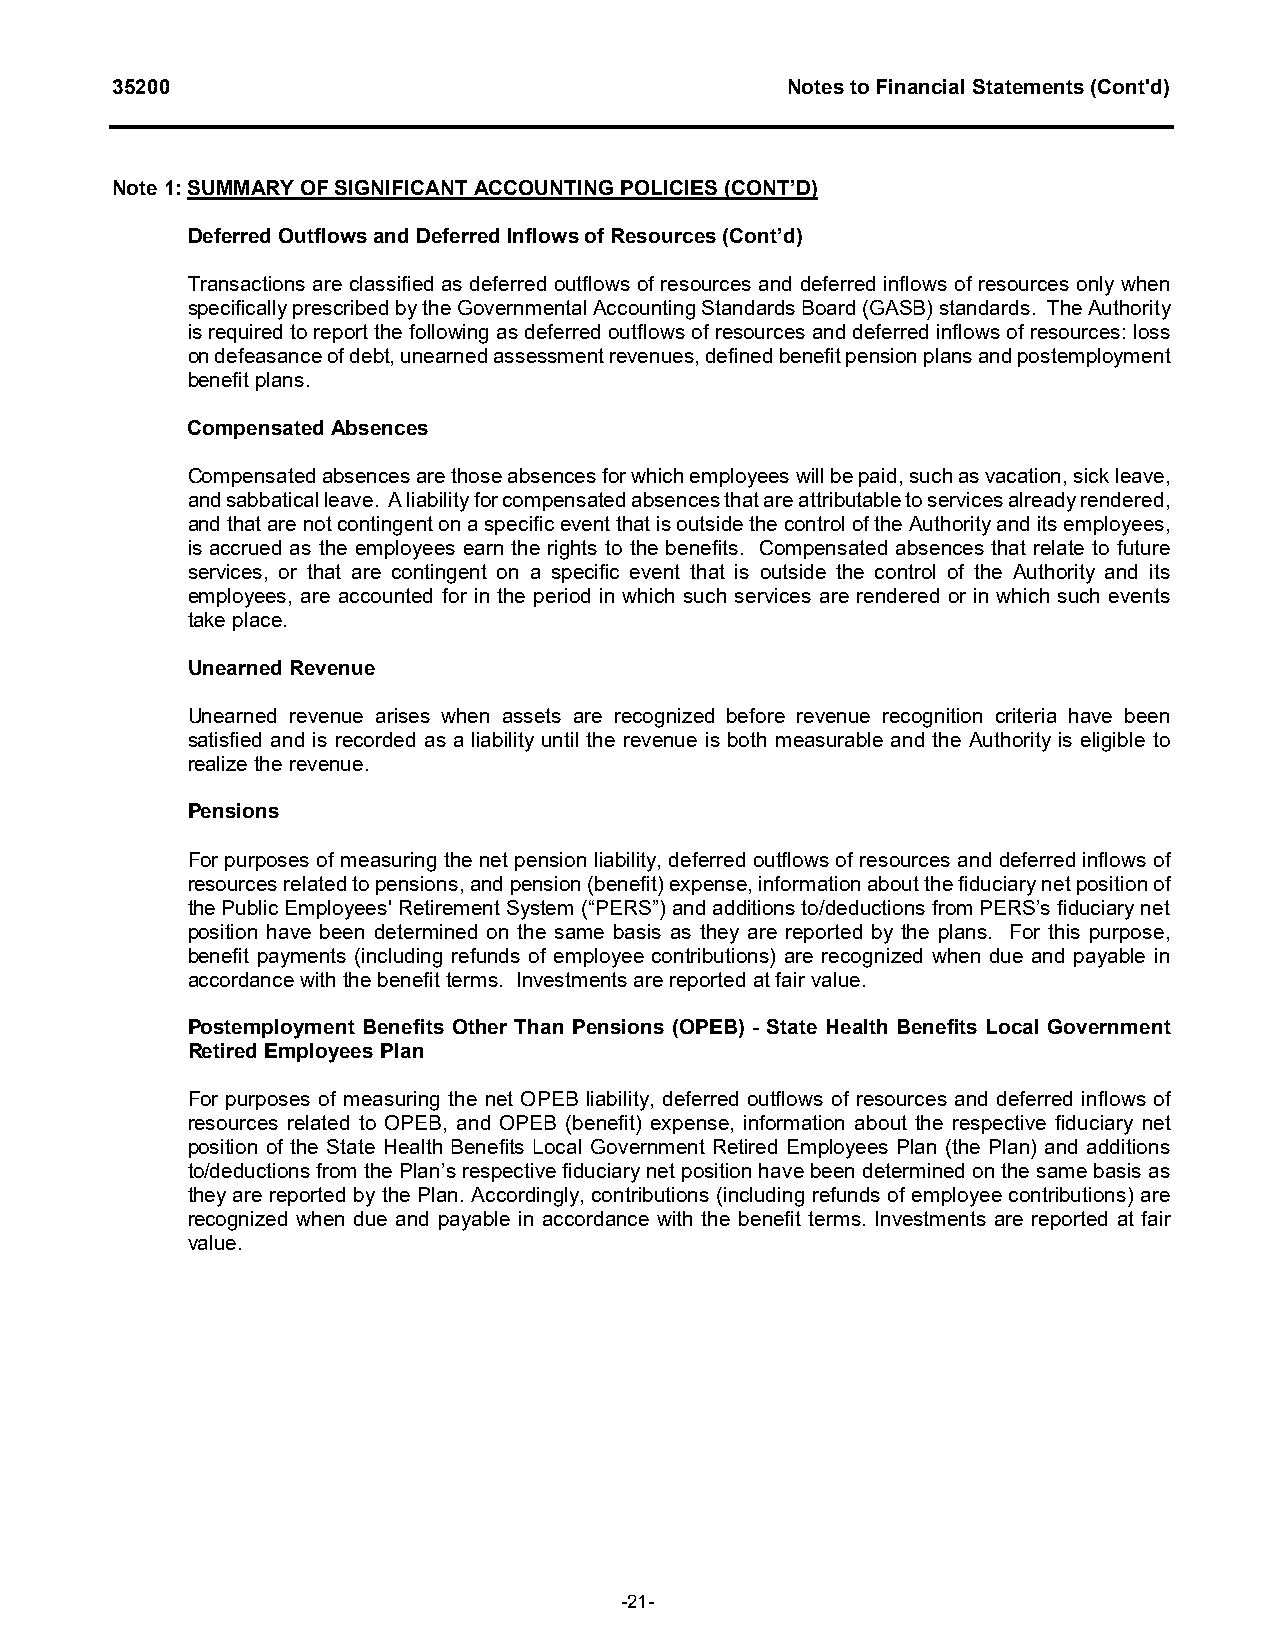
35200                                        Notes to Financial Statements (Cont'd)
 Note 1: SUMMARY OF SIGNIFICANT ACCOUNTING POLICIES (CONT’D)
 Deferred Outflows and Deferred Inflows of Resources (Cont’d)
 Transactions are classified as deferred outflows of resources and deferred inflows of resources only when
 specifically prescribed by the Governmental Accounting Standards Board (GASB) standards. The Authority
 is required to report the following as deferred outflows of resources and deferred inflows of resources: loss
 on defeasance of debt, unearned assessment revenues, defined benefit pension plans and postemployment
 benefit plans.
 Compensated Absences
 Compensated absences are those absences for which employees will be paid, such as vacation, sick leave,
 and sabbatical leave. A liability for compensated absences that are attributable to services already rendered,
 and that are not contingent on a specific event that is outside the control of the Authority and its employees,
 is accrued as the employees earn the rights to the benefits. Compensated absences that relate to future
 services, or that are contingent on a specific event that is outside the control of the Authority and its
 employees, are accounted for in the period in which such services are rendered or in which such events
 take place.
 Unearned Revenue
 Unearned revenue arises when assets are recognized before revenue recognition criteria have been
 satisfied and is recorded as a liability until the revenue is both measurable and the Authority is eligible to
 realize the revenue.
 Pensions
 For purposes of measuring the net pension liability, deferred outflows of resources and deferred inflows of
 resources related to pensions, and pension (benefit) expense, information about the fiduciary net position of
 the Public Employees' Retirement System (“PERS”) and additions to/deductions from PERS’s fiduciary net
 position have been determined on the same basis as they are reported by the plans. For this purpose,
 benefit payments (including refunds of employee contributions) are recognized when due and payable in
 accordance with the benefit terms. Investments are reported at fair value.
 Postemployment Benefits Other Than Pensions (OPEB) - State Health Benefits Local Government
 Retired Employees Plan
 For purposes of measuring the net OPEB liability, deferred outflows of resources and deferred inflows of
 resources related to OPEB, and OPEB (benefit) expense, information about the respective fiduciary net
 position of the State Health Benefits Local Government Retired Employees Plan (the Plan) and additions
 to/deductions from the Plan’s respective fiduciary net position have been determined on the same basis as
 they are reported by the Plan. Accordingly, contributions (including refunds of employee contributions) are
 recognized when due and payable in accordance with the benefit terms. Investments are reported at fair
 value.
 -21-